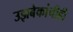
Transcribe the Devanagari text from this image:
उझबेकांचीही